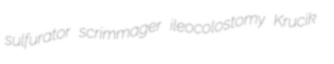
sulfurator scrimmager ileocolostomy Krucik